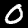
Label: 0